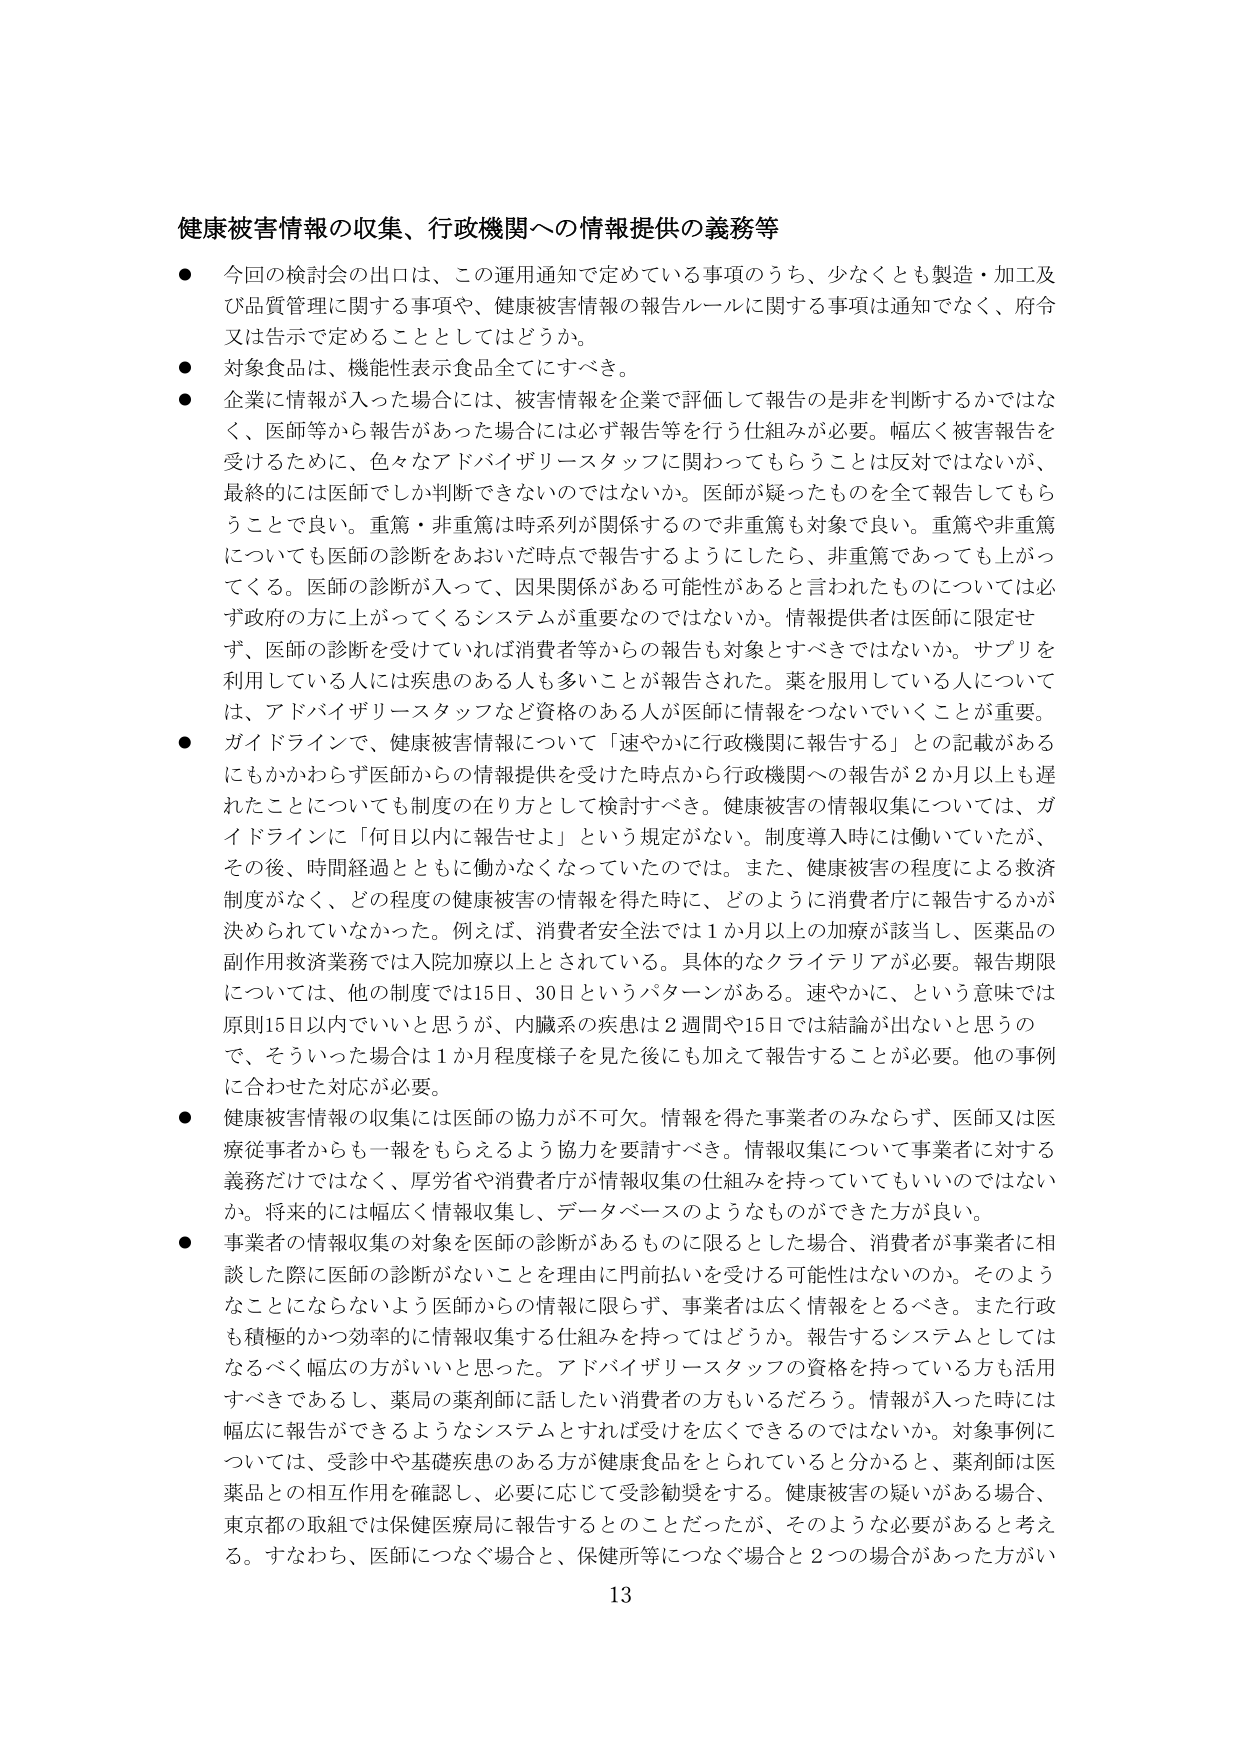
健康被害情報の収集、行政機関への情報提供の義務等

● 今回の検討会の出口は、この運用通知で定めている事項のうち、少なくとも製造・加工及び品質管理に関する事項や、健康被害情報の報告ルールに関する事項は通知でなく、府令又は告示で定めることとしてはどうか。

● 対象食品は、機能性表示食品全てにすべき。

● 企業に情報が入った場合には、被害情報を企業で評価して報告の是非を判断するかではなく、医師等から報告があった場合には必ず報告等を行う仕組みが必要。幅広く被害報告を受けるために、色々なアドバイザリースタッフに関わってもらうことは反対ではないが、最終的には医師でしか判断できないのではないか。医師が疑ったものを全て報告してもらうことで良い。重篤・非重篤は時系列が関係するので非重篤も対象で良い。重篤や非重篤についても医師の診断をあおいだ時点で報告するようにしたら、非重篤であっても上がってくる。医師の診断が入って、因果関係がある可能性があると言われたものについては必ず政府の方に上がってくるシステムが重要なのではないか。情報提供者は医師に限定せず、医師の診断を受けていれば消費者等からの報告も対象とすべきではないか。サプリを利用している人には疾患のある人も多いことが報告された。薬を服用している人については、アドバイザリースタッフなど資格のある人が医師に情報をつないでいくことが重要。

● ガイドラインで、健康被害情報について「速やかに行政機関に報告する」との記載があるにもかかわらず医師からの情報提供を受けた時点から行政機関への報告が2か月以上も遅れたことについても制度の在り方として検討すべき。健康被害の情報収集については、ガイドラインに「何日以内に報告せよ」という規定がない。制度導入時は働いていたが、その後、時間経過とともに働かなくなっていたのでは。また、健康被害の程度による救済制度がなく、どの程度の健康被害の情報を得た時に、どのように消費者庁に報告するかが決められていなかった。例えば、消費者安全法では1か月以上の加療が該当し、医薬品の副作用救済業務では入院加療以上とされている。具体的なクライテリアが必要。報告期限については、他の制度では15日、30日というパターンがある。速やかに、という意味では原則15日以内でいいと思うが、内臓系の疾患は2週間や15日では結論が出ないと思うので、そういった場合は1か月程度様子を見た後にも加えて報告することが必要。他の事例に合わせた対応が必要。

● 健康被害情報の収集には医師の協力が不可欠。情報を得た事業者のみならず、医師又は医療従事者からも一報をもらえるよう協力を要請すべき。情報収集について事業者に対する義務だけではなく、厚労省や消費者庁が情報収集の仕組みを持っていてもいいのではない。将来的には幅広く情報収集し、データベースのようなものができる方が良い。

● 事業者の情報収集の対象を医師の診断があるものに限るとした場合、消費者が事業者に相談した際に医師の診断がないことを理由に門前払いを受ける可能性はないのか。そのようなことにならないよう医師からの情報に限らず、事業者は広く情報をとるべき。また行政も積極的かつ効率的に情報収集する仕組みを持ってはどうか。報告するシステムとしてはなるべく幅広の方がいいと思った。アドバイザリースタッフの資格を持っている方も活用すべきであるし、薬局の薬剤師に話したい消費者の方もいるだろう。情報が入った時には幅広に報告ができるようなシステムとすれば受けを広くできるのではないか。対象事例については、受診中や基礎疾患のある方が健康食品をとられていると分かると、薬剤師は医薬品との相互作用を確認し、必要に応じて受診勧奨をする。健康被害の疑いがある場合、東京都の取組では保健医療局に報告するとのことだったが、そのような必要があると考える。すなわち、医師につなぐ場合と、保健所等につなぐ場合と2つの場合があった方がい

13